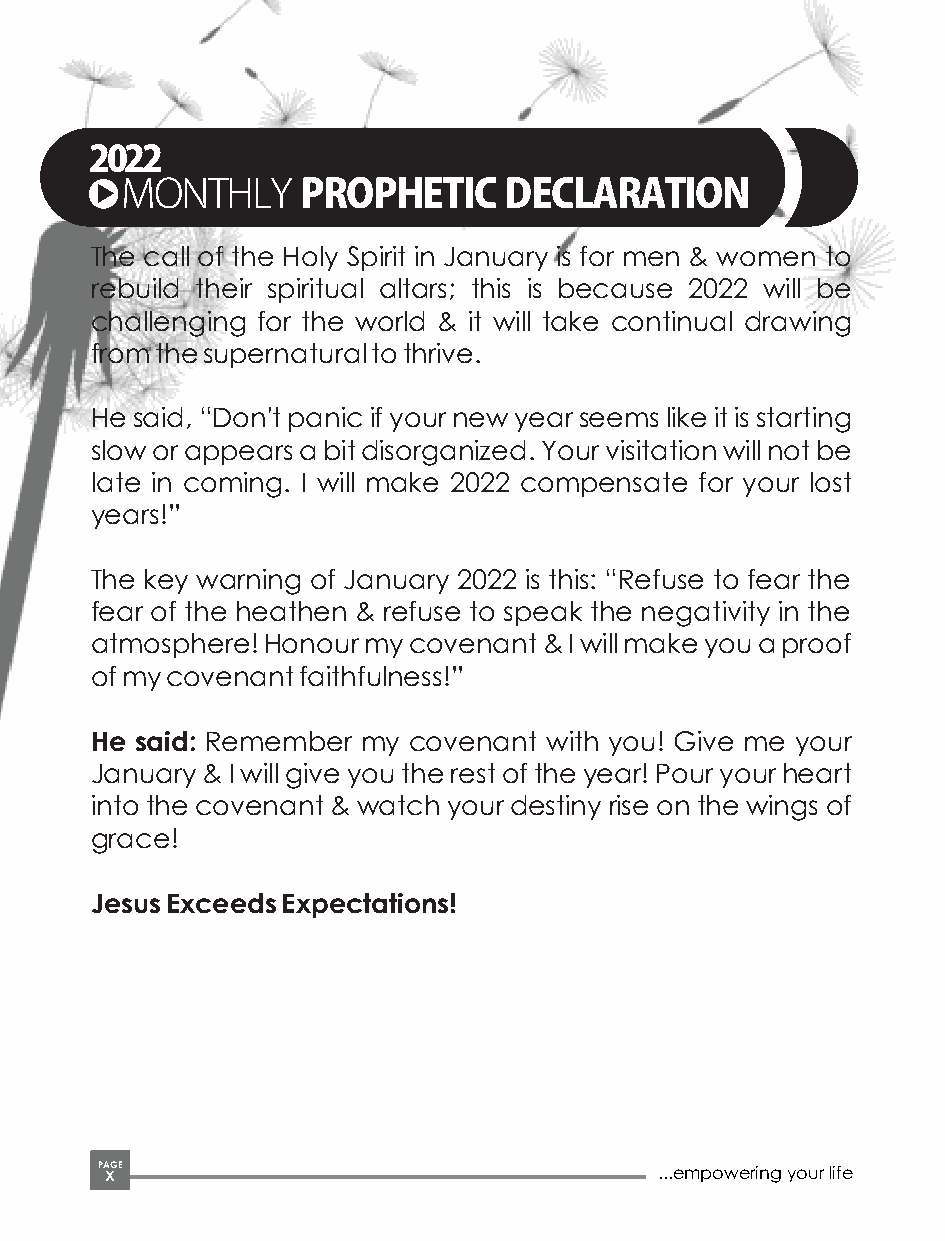
2022
 MONTHLYPROPHETICDECLARATION
 The call of the Holy Spirit in January is for men & women to
 rebuild their spiritual altars; this is because 2022 will be
 challenging for the world & it will take continual drawing
 from the supernatural to thrive.
 He said, “Don't panic if your new year seems like it is starting
 slow or appears a bit disorganized. Your visitation will not be
 late in coming. I will make 2022 compensate for your lost
 years!”
 The key warning of January 2022 is this: “Refuse to fear the
 fear of the heathen & refuse to speak the negativity in the
 atmosphere! Honour my covenant & I will make you a proof
 of my covenant faithfulness!”
 He said: Remember my covenant with you! Give me your
 January & I will give you the rest of the year! Pour your heart
 into the covenant & watch your destiny rise on the wings of
 grace!
 Jesus Exceeds Expectations!
 PA XGE                                ...empowering your life